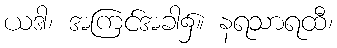
ယဒါ၊ အကြင်အခါ၌။ နရသာရထီ၊